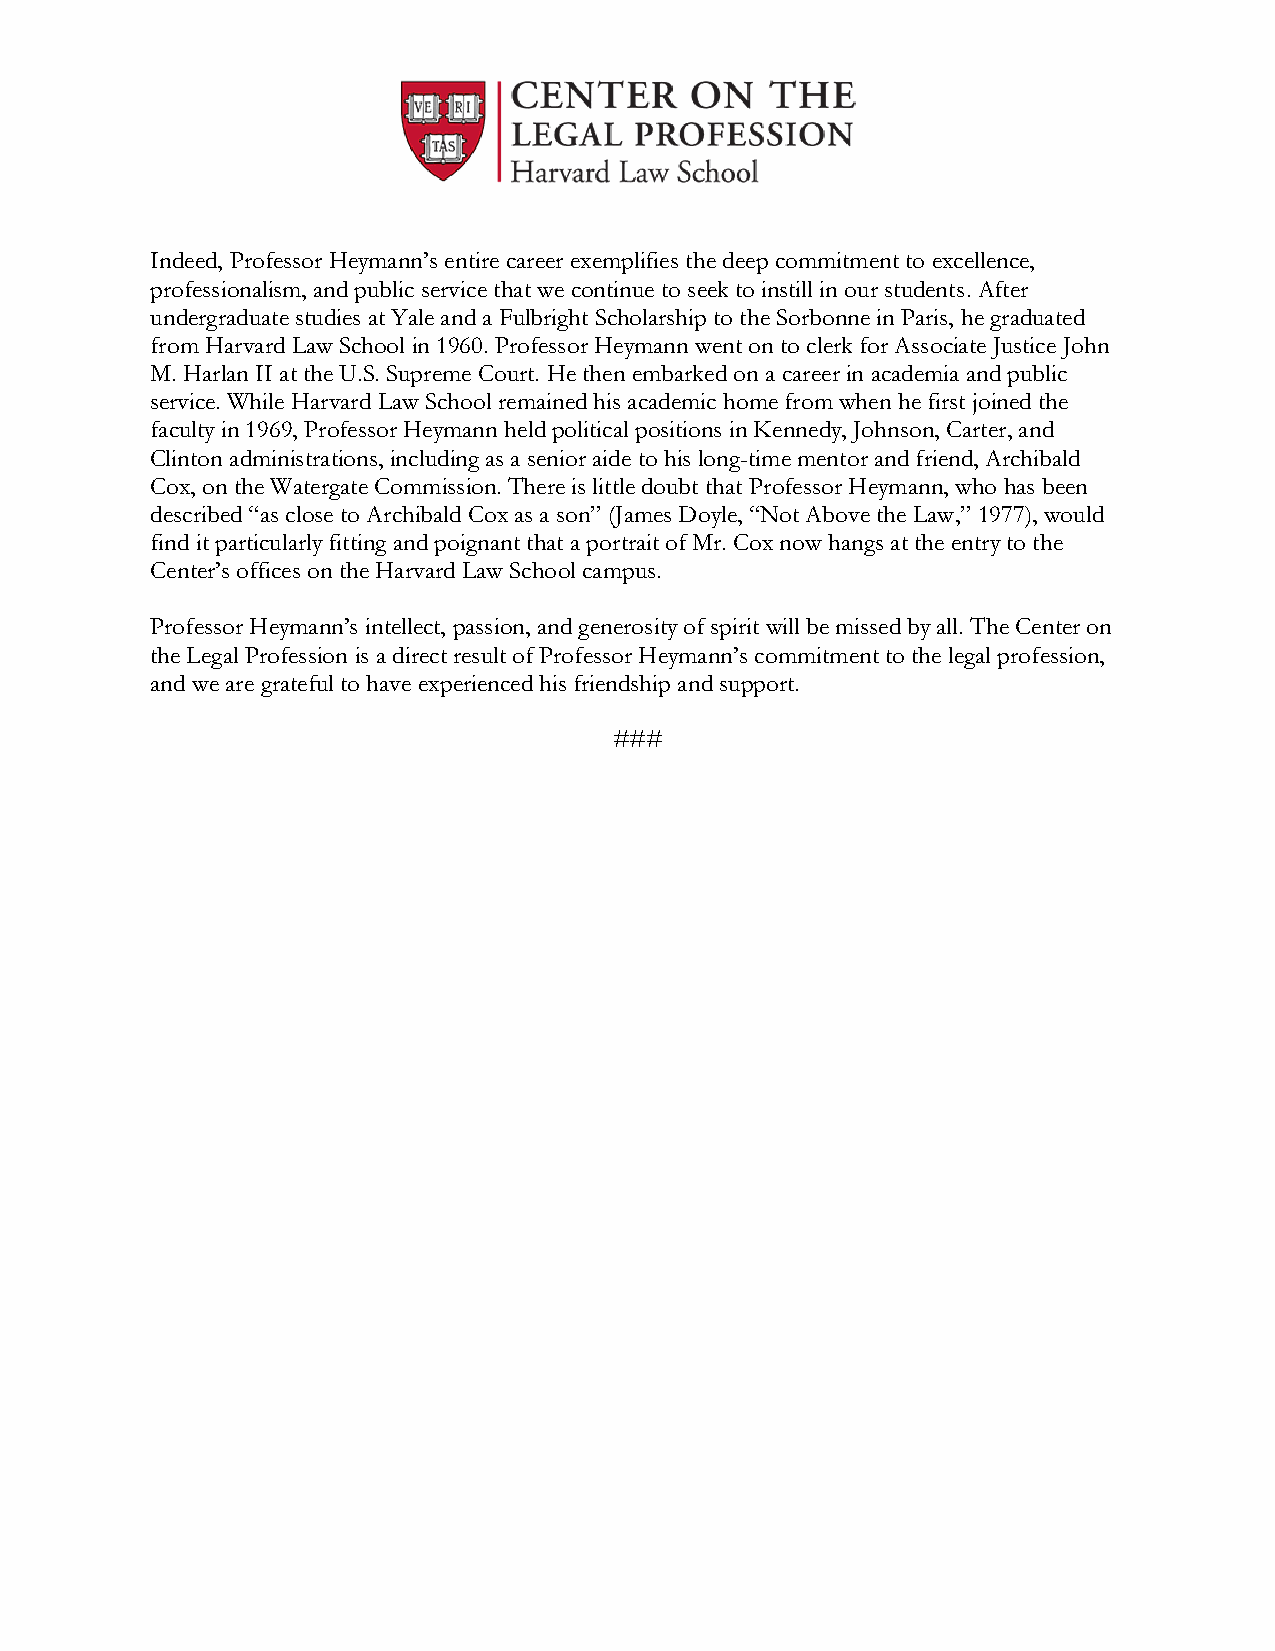
Indeed, Professor Heymann’s entire career exemplifies the deep commitment to excellence,
 professionalism, and public service that we continue to seek to instill in our students. After
 undergraduate studies at Yale and a Fulbright Scholarship to the Sorbonne in Paris, he graduated
 from Harvard Law School in 1960. Professor Heymann went on to clerk for Associate Justice John
 M. Harlan II at the U.S. Supreme Court. He then embarked on a career in academia and public
 service. While Harvard Law School remained his academic home from when he first joined the
 faculty in 1969, Professor Heymann held political positions in Kennedy, Johnson, Carter, and
 Clinton administrations, including as a senior aide to his long-time mentor and friend, Archibald
 Cox, on the Watergate Commission. There is little doubt that Professor Heymann, who has been
 described “as close to Archibald Cox as a son” (James Doyle, “Not Above the Law,” 1977), would
 find it particularly fitting and poignant that a portrait of Mr. Cox now hangs at the entry to the
 Center’s offices on the Harvard Law School campus.
 Professor Heymann’s intellect, passion, and generosity of spirit will be missed by all. The Center on
 the Legal Profession is a direct result of Professor Heymann’s commitment to the legal profession,
 and we are grateful to have experienced his friendship and support.
 ###